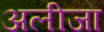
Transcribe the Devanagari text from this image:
अलीजा